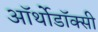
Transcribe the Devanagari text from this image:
ऑर्थोडॉक्सी